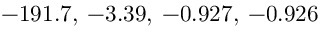
- 1 9 1 . 7 , \: - 3 . 3 9 , \: - 0 . 9 2 7 , \: - 0 . 9 2 6